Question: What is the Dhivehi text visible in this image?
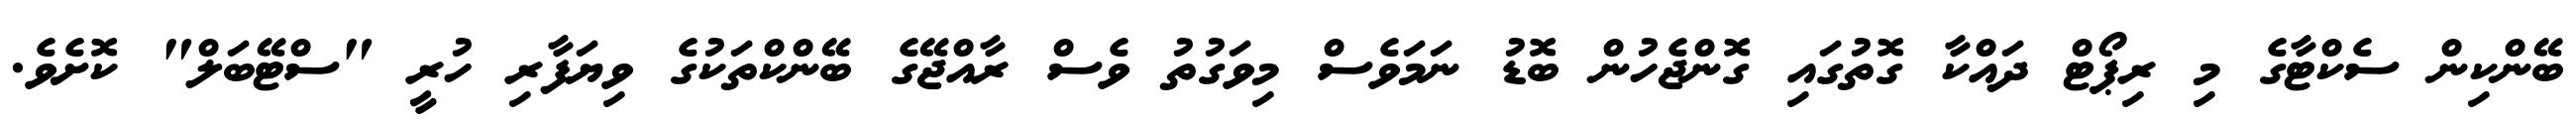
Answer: ބޭންކިން ސެކްޓާގެ މި ރިޕޯޓް ދައްކާ ގޮތުގައި ގޮންޖެހުން ބޮޑު ނަމަވެސް މިވަގުތު ވެސް ރާއްޖޭގެ ބޭންކްތަކުގެ ވިޔަފާރި ހުރީ "ސްޓޭބަލް" ކޮށެވެ.